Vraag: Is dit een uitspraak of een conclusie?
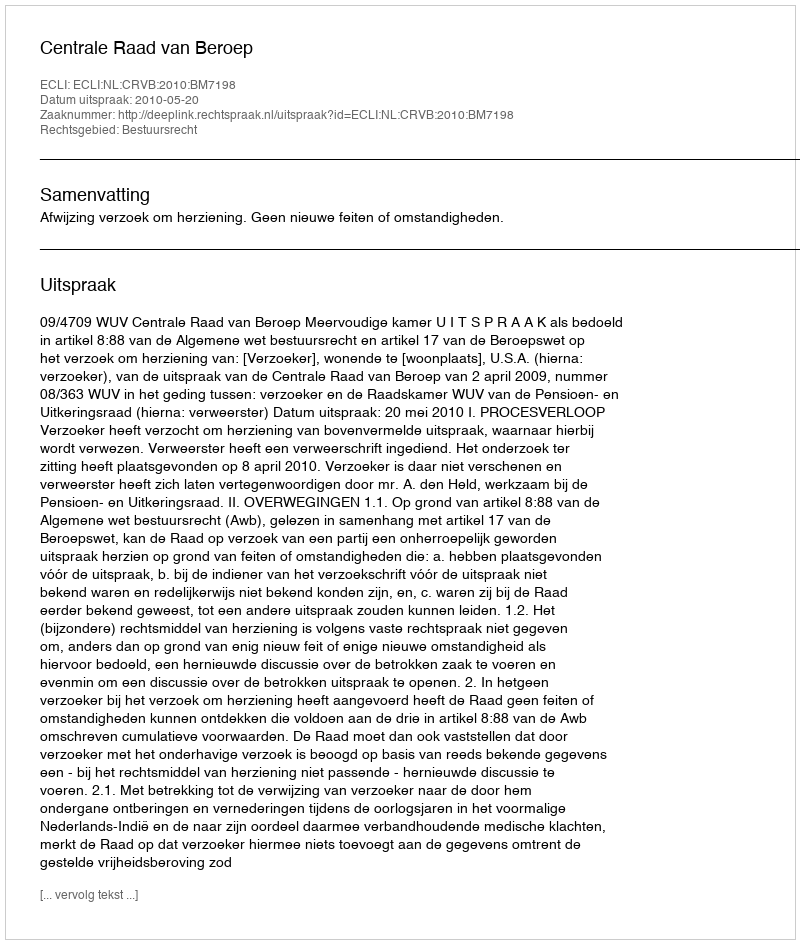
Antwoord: Uitspraak